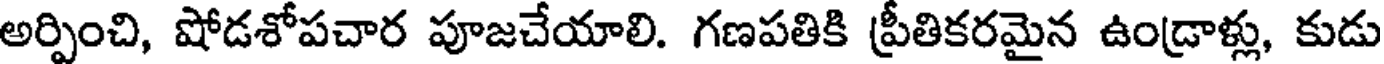
అర్పించి, షోడశోపచార పూజచేయాలి. గణపతికి ప్రీతికరమైన ఉండ్రాళ్లు, కుడు